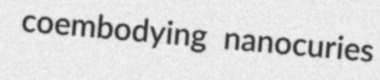
coembodying nanocuries